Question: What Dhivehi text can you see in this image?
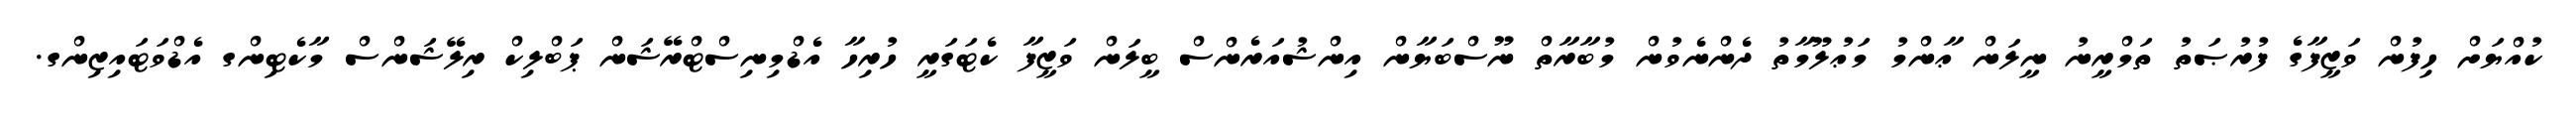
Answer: ކުއްޔަށް ހިފުން ވަޒީފާގެ ފުރުޞަތު ތަމްރީނު ނީލަން ޢާންމު މަޢުލޫމާތު ދެންނެވުން މުބާރާތް ނޫސްބަޔާން އިންޝުއަރެންސް ބީލަން ވަޒީފާ ކެޓަގަރީ ހުރިހާ އެޑްމިނިސްޓްރޭޝަން ޕަބްލިކް ރިލޭޝަންސް މާކެޓިންގ އެޑްވަޓައިޒިންގ.